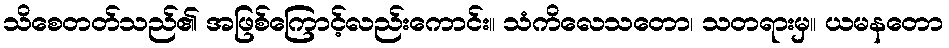
သိစေတတ်သည်၏ အဖြစ်ကြောင့်လည်းကောင်း။ သံကိလေသတော၊ သတရားမှ။ ယမနတော